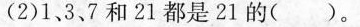
(2)1、3、7和21都是21的( )。